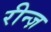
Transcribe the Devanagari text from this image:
रीन्ज़